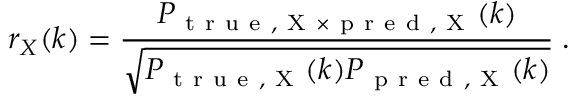
r _ { X } ( k ) = \frac { P _ { \mathrm { ~ t ~ r ~ u ~ e ~ , ~ X ~ } \times \mathrm { ~ p ~ r ~ e ~ d ~ , ~ X ~ } } ( k ) } { \sqrt { P _ { \mathrm { ~ t ~ r ~ u ~ e ~ , ~ X ~ } } ( k ) P _ { \mathrm { ~ p ~ r ~ e ~ d ~ , ~ X ~ } } ( k ) } } \; .